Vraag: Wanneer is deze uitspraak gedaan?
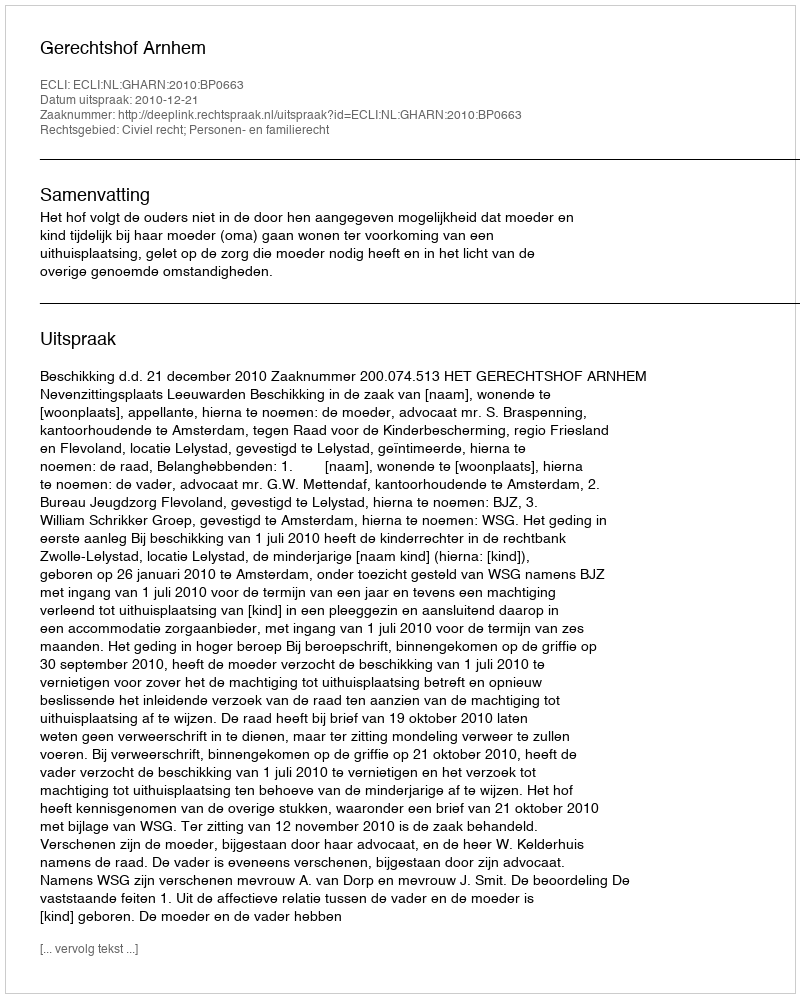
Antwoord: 2010-12-21